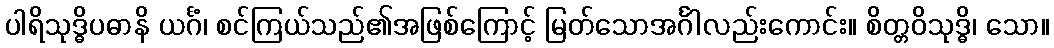
ပါရိသုဒ္ဓိပဓာနိ ယင်္ဂံ၊ စင်ကြယ်သည်၏အဖြစ်ကြောင့် မြတ်သောအင်္ဂါလည်းကောင်း။ စိတ္တဝိသုဒ္ဓိ၊ သော။